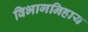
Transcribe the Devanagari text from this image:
विभागनिहाय